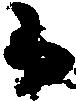
候